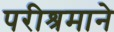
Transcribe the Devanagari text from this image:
परीश्रमाने